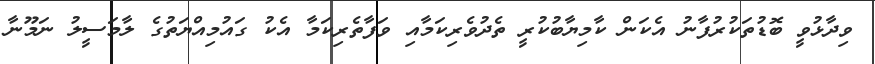
ވިދާޅުވީ ބޮޑުތަކުރުފާނު އެކަން ކާމިޔާބުކުރީ ތެދުވެރިކަމާއި ވަފާތެރިކަމާ އެކު ގައުމިއްޔަތުގެ ލާމަސީލު ނަމޫނާ